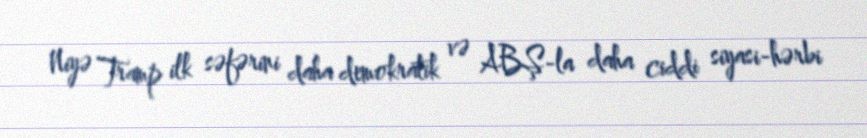
Niyə Tramp ilk səfərini daha demokratik və ABŞ-la daha ciddi siyasi-hərbi